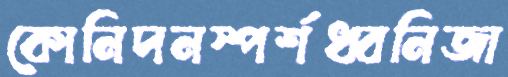
কোনিদনস্পর্শধ্বনিজা